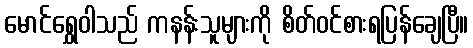
မောင်ရွှေဝါသည် ကနန်းသူများကို စိတ်ဝင်စားရပြန်ချေပြီ။